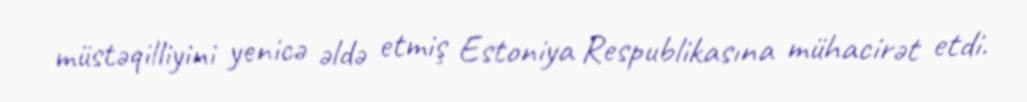
müstəqilliyini yenicə əldə etmiş Estoniya Respublikasına mühacirət etdi.